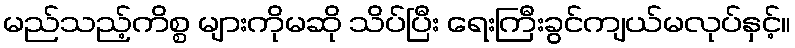
မည်သည့်ကိစ္စ များကိုမဆို သိပ်ပြီး ရေးကြီးခွင်ကျယ်မလုပ်နှင့်။